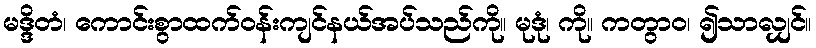
မဒ္ဒိတံ၊ ကောင်းစွာထက်ဝန်းကျင်နယ်အပ်သည်ကို။ မုဒုံ၊ ကို။ ကတွာဝ၊ ၍သာလျှင်။